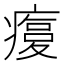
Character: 𤹫